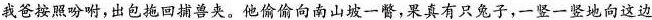
我爸按照吩吩，出包拖回摘兽夹。他偷偷向南山坡一瞥，果真有只兔子，一竖一竖地向这边